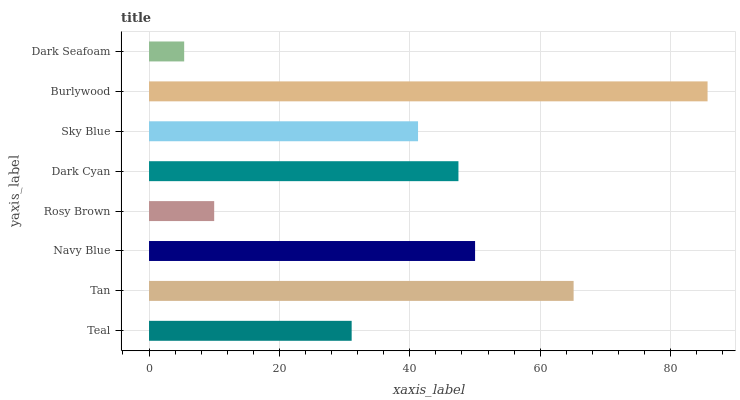
| yaxis_label | bars |
 | --- | --- |
 | Teal | 31.1 |
 | Tan | 65.1 |
 | Navy Blue | 50 |
 | Rosy Brown | 10 |
 | Dark Cyan | 47.5 |
 | Sky Blue | 41.3 |
 | Burlywood | 85.7 |
 | Dark Seafoam | 5.39 |